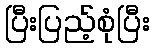
ပြီးပြည့်စုံပြီး